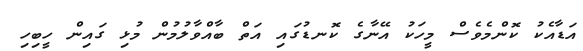
އަޑާއެކު ކޮންމެވެސް މީހަކު އޭނާގެ ކޮނޑުގައި އަތް ބާއްވާލުމުން މުޅި ގައިން ހީބިހި